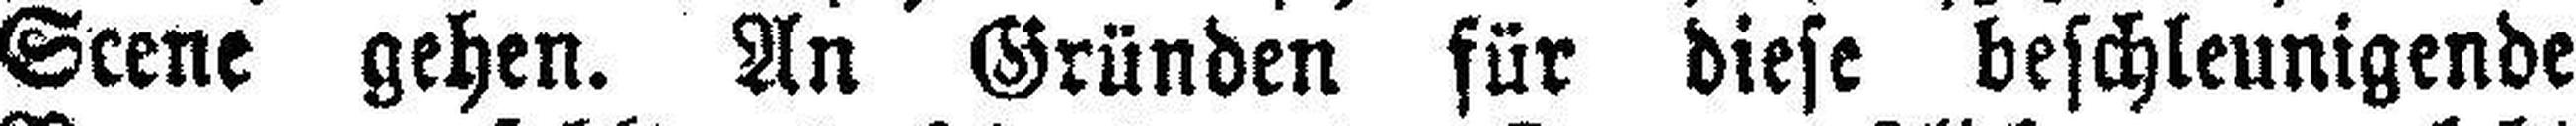
Scene gehen. An Gründen für diese beschleunigende